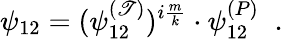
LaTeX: \psi_{12}=(\psi_{12}^{(\mathscr{T})})^{i\frac{{m}}{{k}}}\cdot\psi_{12}^{(P)}\; \; .